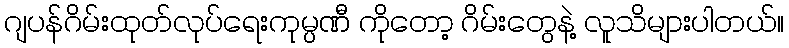
ဂျပန်ဂိမ်းထုတ်လုပ်ရေးကုမ္ပဏီ ကိုတော့ ဂိမ်းတွေနဲ့ လူသိများပါတယ်။